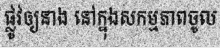
ផ្លូវឲ្យនាង នៅក្នុងសកម្មភាពចូល